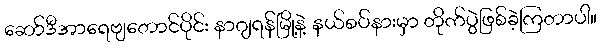
ဆော်ဒီအာရေဗျတောင်ပိုင်း နာဂျရန်မြို့နဲ့ နယ်စပ်နားမှာ တိုက်ပွဲဖြစ်ခဲ့ကြတာပါ။